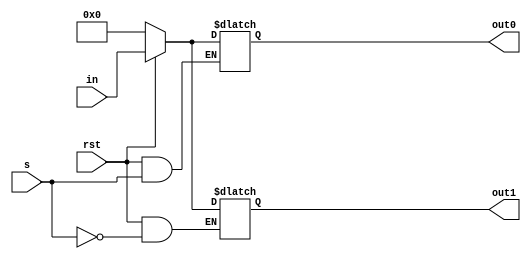
//Verilog HDL for "HDL_Lab_vhdlp1", "Demux_1to2" "functional"

module Demux_1to2(out0, out1, in, s, rst);
	input s, rst;
 	input [7:0] in;
 	output reg [7:0] out0, out1;
  
	always @(rst or in or s) begin
  		if(!rst) begin
   			out0 <= 0;
   			out1 <= 0;
  		end 
  		else begin
   			if(s==0) out0 <= in;
   			if(s==1) out1 <= in;
  		end
 	end 
endmodule